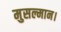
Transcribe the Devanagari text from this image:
मुसल्मान।